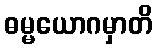
ဓမ္မယောဂမှာတိ